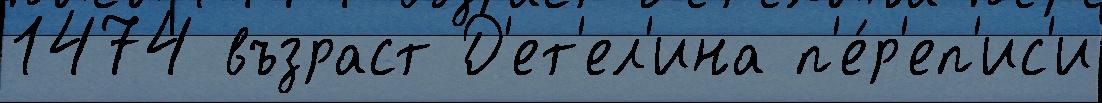
1474 възраст Д'ет'ел'ина п'е́р'еп'ис'и